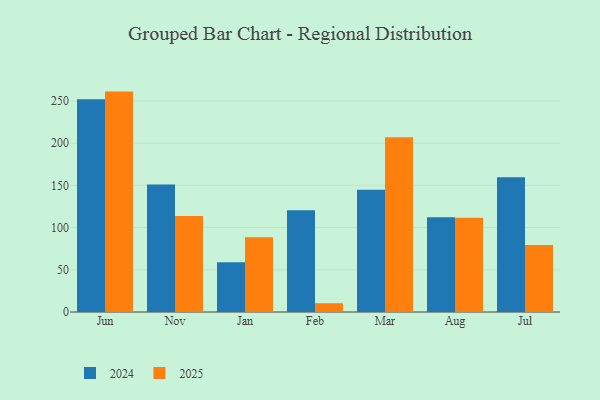
{"axis": {"x": "Month", "y": "Demand Index"}, "legend": ["2024", "2025"], "data": [{"x": "Jun", "y": 252.0, "type": "2024"}, {"x": "Jun", "y": 261.1, "type": "2025"}, {"x": "Nov", "y": 150.9, "type": "2024"}, {"x": "Nov", "y": 113.7, "type": "2025"}, {"x": "Jan", "y": 58.9, "type": "2024"}, {"x": "Jan", "y": 88.7, "type": "2025"}, {"x": "Feb", "y": 120.5, "type": "2024"}, {"x": "Feb", "y": 10.4, "type": "2025"}, {"x": "Mar", "y": 144.8, "type": "2024"}, {"x": "Mar", "y": 207.0, "type": "2025"}, {"x": "Aug", "y": 112.3, "type": "2024"}, {"x": "Aug", "y": 111.6, "type": "2025"}, {"x": "Jul", "y": 159.6, "type": "2024"}, {"x": "Jul", "y": 79.5, "type": "2025"}]}